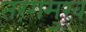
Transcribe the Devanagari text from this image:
तरंगमुख